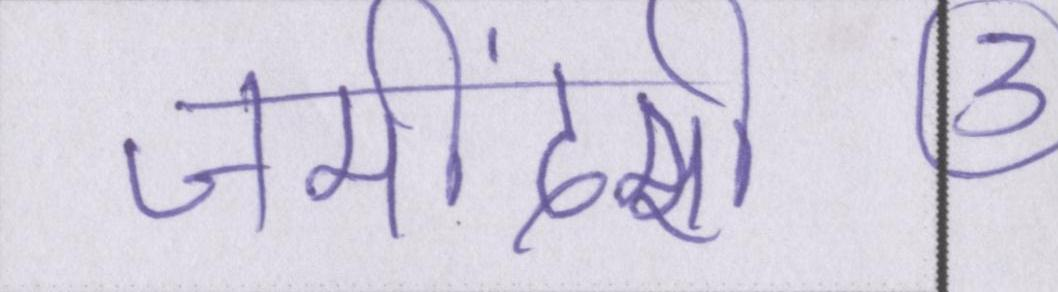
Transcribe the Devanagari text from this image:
जमींदारी